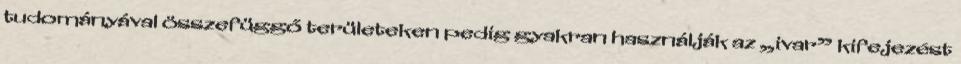
tudományával összefüggő területeken pedig gyakran használják az „ivar” kifejezést